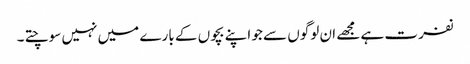
نفرت ہے مجھے ان لوگوں سے جو اپنے بچوں کے بارے میں نہیں سوچتے ۔